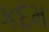
કદમ